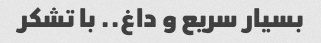
بسیار سریع و داغ.. با تشکر